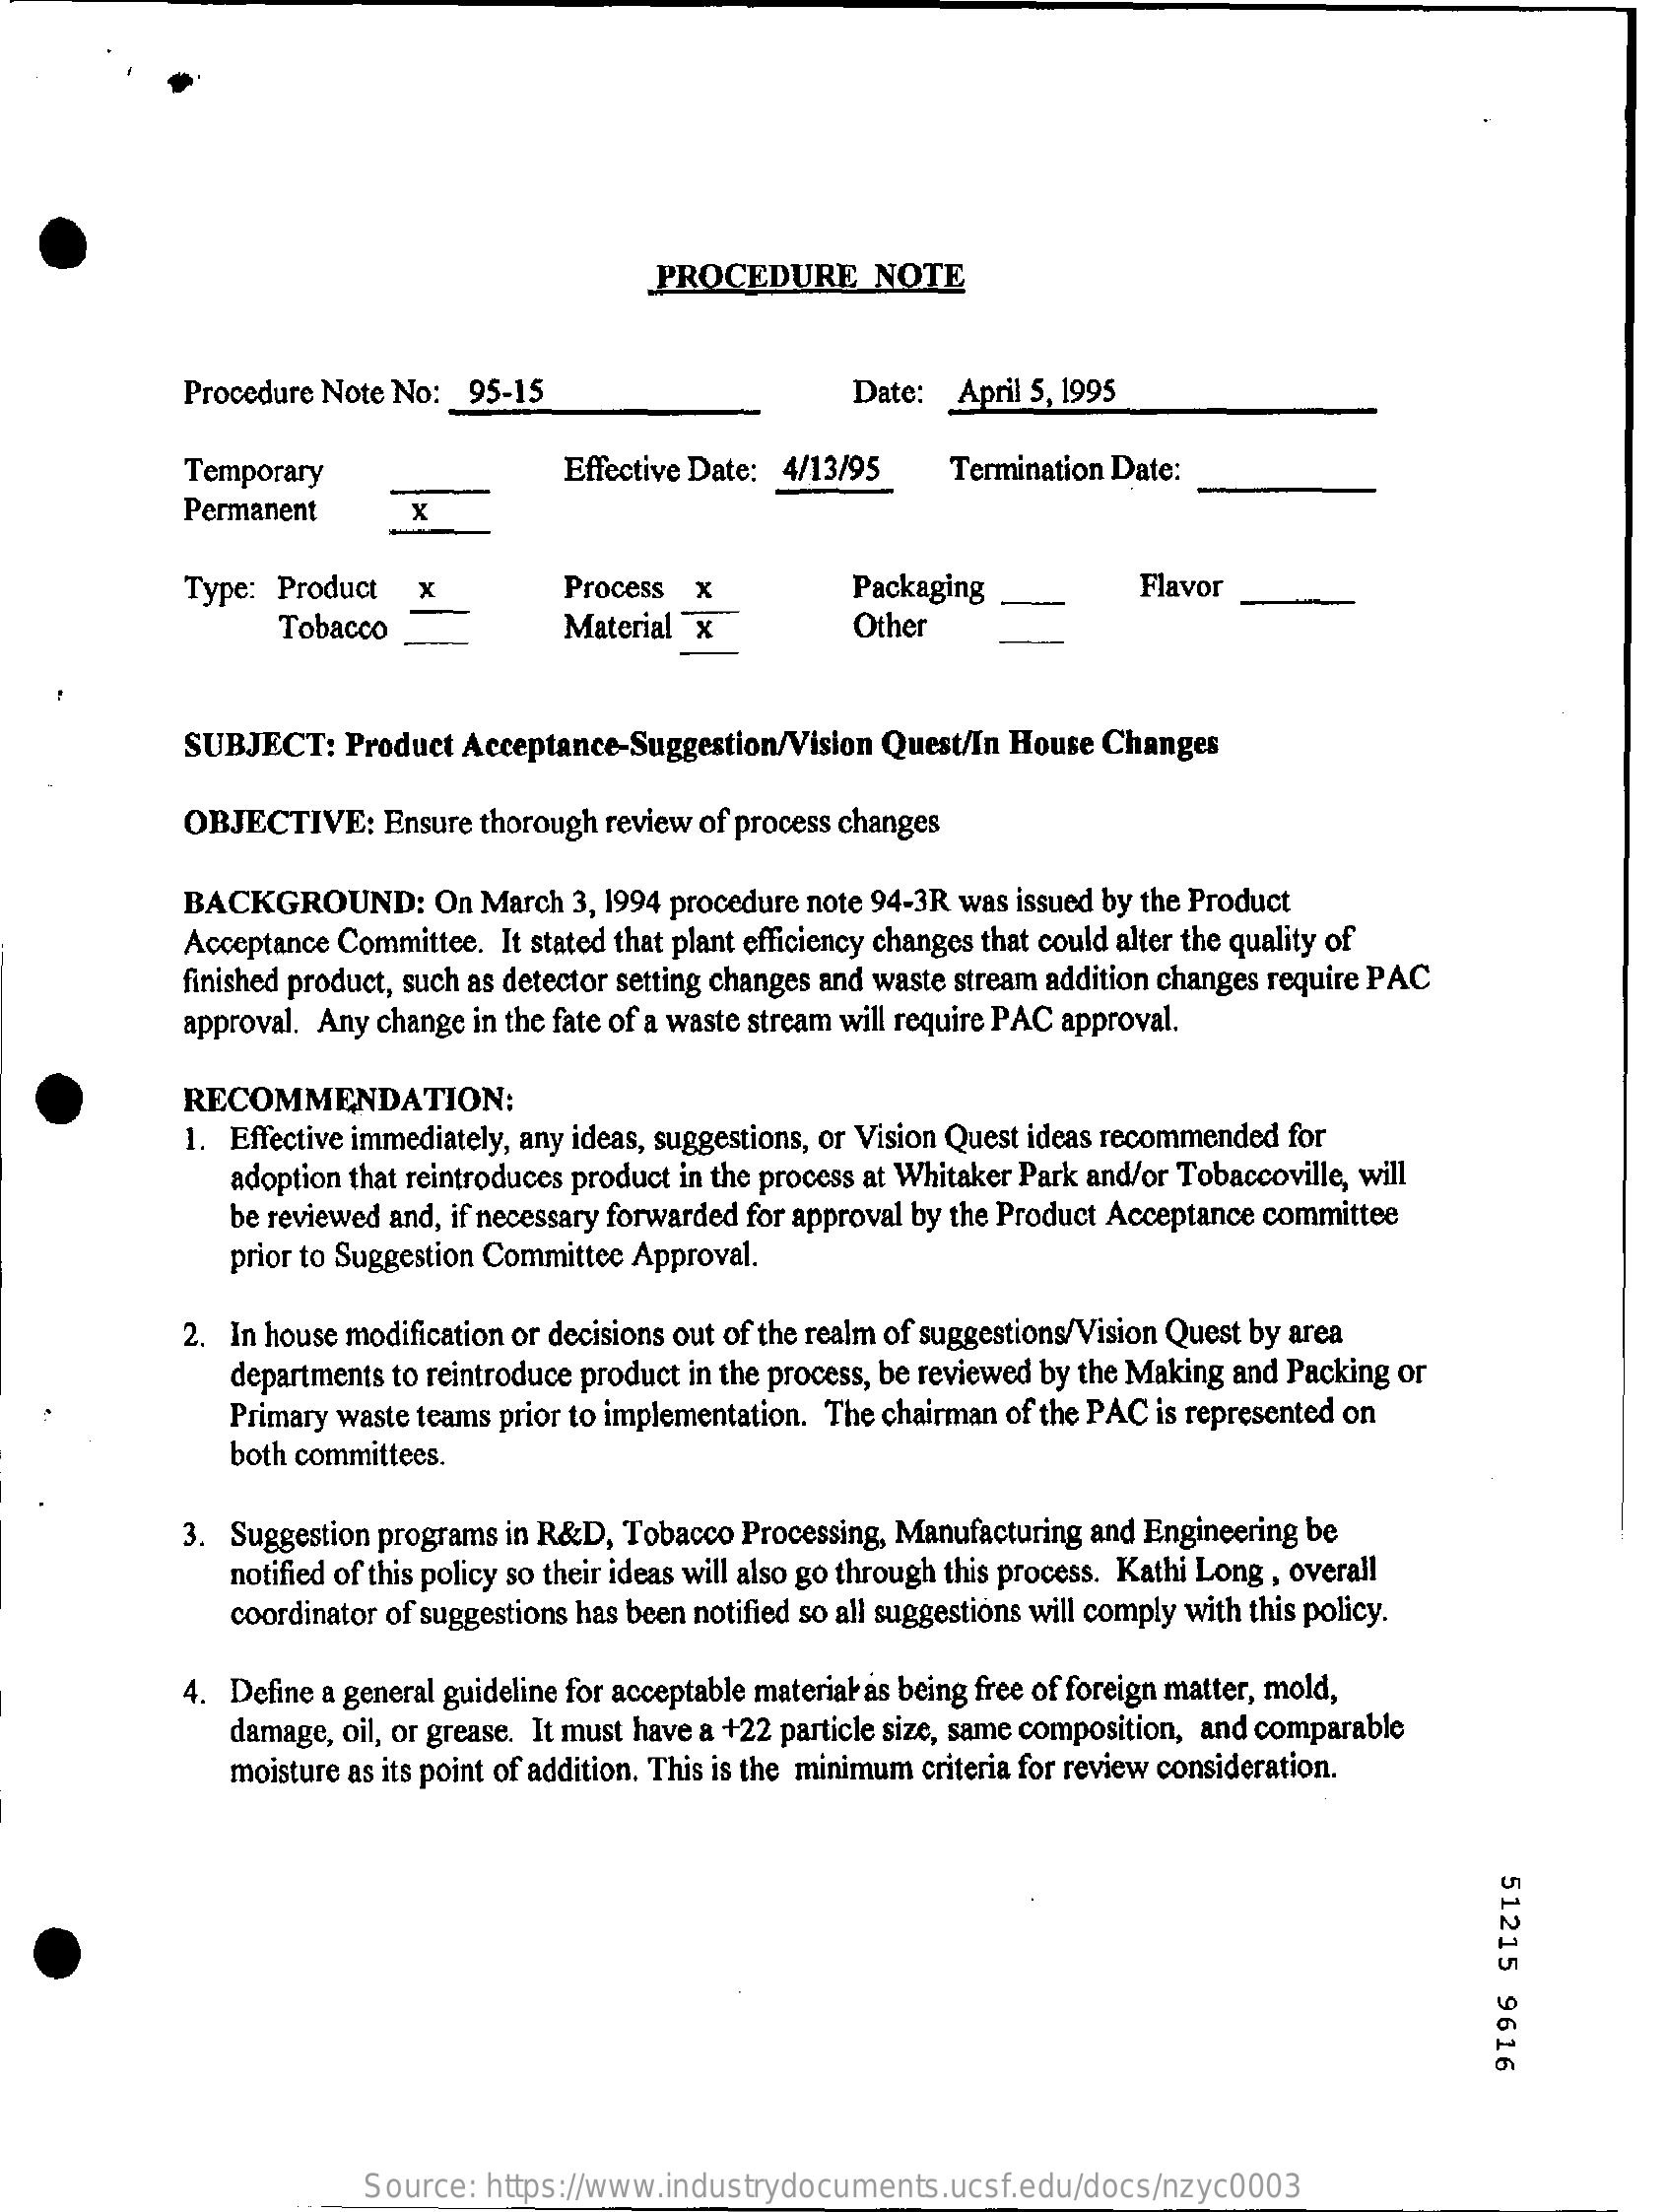
PROCEDURE    NOTE
     Procedure Note No: 95-15    Date:  April 5, 1995
     Temporary    Effective Date: 4/13/95  Termination Date:
     Permanent    X
     Type: Product   X    Process x    Packaging    Flavor
     Tobacco    Material x    Other
     SUBJECT:   Product Acceptance-Suggestion/Vision Quest/In House Changes
     OBJECTIVE:   Ensure thorough review of process changes
     BACKGROUND:    On March 3, 1994 procedure note 94-3R was issued by the Product
     Acceptance Committee. It stated that plant efficiency changes that could alter the quality of
     finished product, such as detector setting changes and waste stream addition changes require PAC
     approval. Any change in the fate of a waste stream will require PAC approval.
     RECOMMENDATION:
     1. Effective immediately, any ideas, suggestions, or Vision Quest ideas recommended for
     adoption that reintroduces product in the process at Whitaker Park and/or Tobaccoville, will
     be reviewed and, if necessary forwarded for approval by the Product Acceptance committee
     prior to Suggestion Committee Approval.
     2. In house modification or decisions out of the realm of suggestions/Vision Quest by area
     departments to reintroduce product in the process, be reviewed by the Making and Packing or
     both committees.
     Primary waste teams prior to implementation. The chairman of the PAC is represented on
     3. Suggestion programs in R&D, Tobacco Processing, Manufacturing and Engineering be
     notified of this policy so their ideas will also go through this process. Kathi Long , overall
     coordinator of suggestions has been notified so all suggestions will comply with this policy.
     4. Define a general guideline for acceptable material as being free of foreign matter, mold,
     damage, oil, or grease. It must have a +22 particle size, same composition, and comparable
     moisture as its point of addition. This is the minimum criteria for review consideration.
     51215
     9616
     Source: https://www.industrydocuments.ucsf.edu/docs/nzyc0003